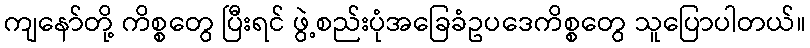
ကျနော်တို့ ကိစ္စတွေ ပြီးရင် ဖွဲ့စည်းပုံအခြေခံဥပဒေကိစ္စတွေ သူပြောပါတယ်။